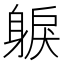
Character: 𨉕